Vaccine operations Central Provinces & Berar 1922-1929 - 1922-1929
Year: 1922
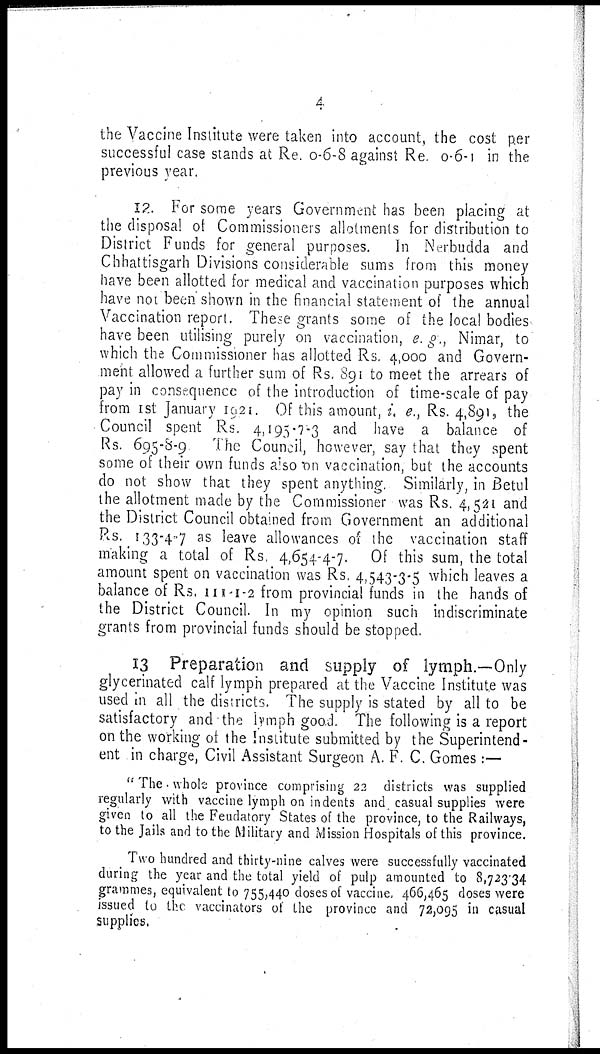
4
the Vaccine Institute were taken into account, the cost per
successful case stands at Re. 0-6-8 against Re 0-6-1 in the
previous year.
12. For some years Government has been placing at
the disposal of Commissioners allotments for distribution to
District Funds for general purposes. In Nerbudda and
Chhattisgarh Divisions considerable sums from this money
have been allotted for medical and vaccination purposes which
have not been shown in the financial statement of the annual
Vaccination report. These grants some of the local bodies
have been utilising purely on vaccination, e. g., Nimar, to
which the Commissioner has allotted Rs. 4,000 and Govern-
ment allowed a further sum of Rs. 891 to meet the arrears of
pay in consequence of the introduction of time-scale of pay
from 1st January 1921. Of this amount, i. e., Rs. 4,891, the
Council spent Rs. 4,195-7-3 and have a balance of
Rs. 695-8-9
The Council, however, say that they spent
some of their own funds also on vaccination, but the accounts
do not show that they spent anything. Similarly, in Betul
the allotment made by the Commissioner was Rs. 4,521 and
the District Council obtained from Government an additional
Rs. 133-4-7 as leave allowances of the vaccination staff
making a total of Rs. 4,654-4-7. Of this sum, the total
amount spent on vaccination was Rs. 4,543-3-5 which leaves a
balance of Rs. 111-1-2 from provincial funds in the hands of
the District Council. In my opinion such indiscriminate
grants from provincial funds should be stopped.
13 Preparation and supply of lymph.—Only
glycerinated calf lymph prepared at the Vaccine Institute was
used in all the districts. The supply is stated by all to be
satisfactory and the lymph good. The following is a report
on the working of the Institute submitted by the Superintend-
ent in charge, Civil Assistant Surgeon A. F. C. Gomes :—
"The whole province comprising 22 districts was supplied
regularly with vaccine lymph on indents and casual supplies were
given to all the Feudatory States of the province, to the Railways,
to the Jails and to the Military and Mission Hospitals of this province.
Two hundred and thirty-nine calves were successfully vaccinated
during the year and the total yield of pulp amounted to 8,723.34
grammes, equivalent to 755,440 doses of vaccine, 466,465 doses were
issued to the vaccinators of the province and 72,095 in casual
supplies.